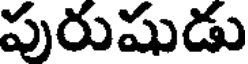
పురుషుడు